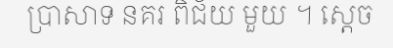
ប្រាសាទ នគរ ពិជ័យ មួយ ។ ស្តេច